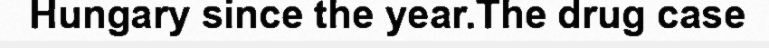
Hungary since the year.The drug case